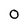
Character: 0